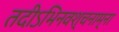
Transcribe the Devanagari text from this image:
तदीऽभिनवश्चनाम्ना